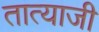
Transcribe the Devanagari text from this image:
तात्याजी